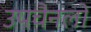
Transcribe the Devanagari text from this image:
उपचैनलों